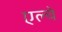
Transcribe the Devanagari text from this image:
एल्चे